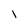
Character: i